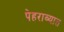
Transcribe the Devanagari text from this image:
पेहराव्यात